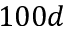
1 0 0 d